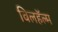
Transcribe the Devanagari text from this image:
विलहॅल्म